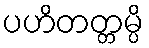
ပဟိတတ္တမ္ပိ